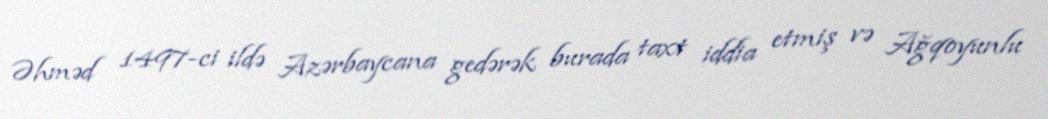
Əhməd 1497-ci ildə Azərbaycana gedərək burada taxt iddia etmiş və Ağqoyunlu